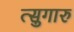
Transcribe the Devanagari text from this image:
त्सुगारु